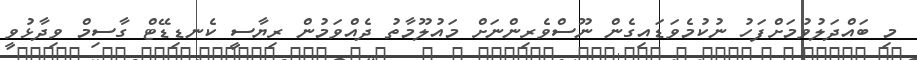
މި ބައްދަލުވުމަށްފަހު ނުކުމެވަޑައިގެން ނޫސްވެރިންނަށް މައުލޫމާތު ދެއްވަމުން ރިޔާސީ ކެނޑިޑޭޓް ގާސިމް ވިދާޅުވީ